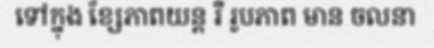
ទៅក្នុង ខ្សែភាពយន្ត រឺ រូបភាព មាន ចលនា